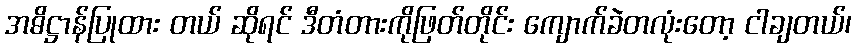
အဓိဋ္ဌာန်ပြုထား တယ် ဆိုရင် ဒီတံတားကိုဖြတ်တိုင်း ကျောက်ခဲတလုံးတော့ ငါချတယ်၊